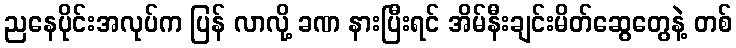
ညနေပိုင်းအလုပ်က ပြန် လာလို့ ခဏ နားပြီးရင် အိမ်နီးချင်းမိတ်ဆွေတွေနဲ့ တစ်